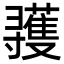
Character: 彟